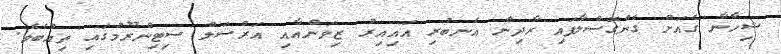
ޝިހާނާ ގެއަށް ގެންގޮސްލާފައި ރާދިން އެނބުރި އައިއިރު ޒިވަންއާއި އަރްސަލް ސިޓިންރޫމުގައި ތިއްބެވެ.